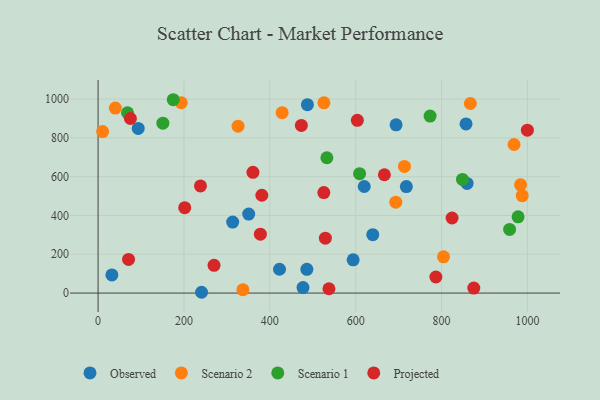
{"axis": {"x": "Speed", "y": "Sales"}, "legend": ["Observed", "Projected", "Scenario 1", "Scenario 2"], "data": [{"x": "857.0", "y": 871.8, "type": "Observed"}, {"x": "32.2", "y": 93.3, "type": "Observed"}, {"x": "718.0", "y": 548.9, "type": "Observed"}, {"x": "350.8", "y": 407.1, "type": "Observed"}, {"x": "639.8", "y": 301.2, "type": "Observed"}, {"x": "313.5", "y": 366.2, "type": "Observed"}, {"x": "241.0", "y": 4.1, "type": "Observed"}, {"x": "93.5", "y": 848.9, "type": "Observed"}, {"x": "694.1", "y": 867.4, "type": "Observed"}, {"x": "594.1", "y": 171.5, "type": "Observed"}, {"x": "619.9", "y": 549.3, "type": "Observed"}, {"x": "422.6", "y": 122.7, "type": "Observed"}, {"x": "486.3", "y": 122.5, "type": "Observed"}, {"x": "477.3", "y": 28.1, "type": "Observed"}, {"x": "487.6", "y": 971.2, "type": "Observed"}, {"x": "859.5", "y": 565.1, "type": "Observed"}, {"x": "526.1", "y": 981.0, "type": "Scenario 2"}, {"x": "713.6", "y": 652.8, "type": "Scenario 2"}, {"x": "326.0", "y": 860.5, "type": "Scenario 2"}, {"x": "693.4", "y": 468.6, "type": "Scenario 2"}, {"x": "984.0", "y": 558.1, "type": "Scenario 2"}, {"x": "968.8", "y": 765.9, "type": "Scenario 2"}, {"x": "428.7", "y": 929.9, "type": "Scenario 2"}, {"x": "337.3", "y": 17.6, "type": "Scenario 2"}, {"x": "40.2", "y": 954.0, "type": "Scenario 2"}, {"x": "10.6", "y": 832.5, "type": "Scenario 2"}, {"x": "987.9", "y": 502.2, "type": "Scenario 2"}, {"x": "804.6", "y": 187.0, "type": "Scenario 2"}, {"x": "193.8", "y": 981.1, "type": "Scenario 2"}, {"x": "867.0", "y": 977.4, "type": "Scenario 2"}, {"x": "175.1", "y": 996.8, "type": "Scenario 1"}, {"x": "848.7", "y": 585.7, "type": "Scenario 1"}, {"x": "609.1", "y": 615.3, "type": "Scenario 1"}, {"x": "150.9", "y": 876.1, "type": "Scenario 1"}, {"x": "68.6", "y": 929.7, "type": "Scenario 1"}, {"x": "532.9", "y": 697.6, "type": "Scenario 1"}, {"x": "958.5", "y": 328.0, "type": "Scenario 1"}, {"x": "773.3", "y": 912.7, "type": "Scenario 1"}, {"x": "978.3", "y": 393.3, "type": "Scenario 1"}, {"x": "537.7", "y": 22.4, "type": "Projected"}, {"x": "999.9", "y": 839.6, "type": "Projected"}, {"x": "360.7", "y": 622.3, "type": "Projected"}, {"x": "603.9", "y": 890.5, "type": "Projected"}, {"x": "71.0", "y": 173.4, "type": "Projected"}, {"x": "201.8", "y": 440.2, "type": "Projected"}, {"x": "378.0", "y": 303.5, "type": "Projected"}, {"x": "473.5", "y": 864.4, "type": "Projected"}, {"x": "875.1", "y": 25.5, "type": "Projected"}, {"x": "525.8", "y": 518.1, "type": "Projected"}, {"x": "529.4", "y": 282.8, "type": "Projected"}, {"x": "75.3", "y": 899.9, "type": "Projected"}, {"x": "381.4", "y": 504.2, "type": "Projected"}, {"x": "270.1", "y": 142.9, "type": "Projected"}, {"x": "824.5", "y": 386.9, "type": "Projected"}, {"x": "666.9", "y": 609.9, "type": "Projected"}, {"x": "786.8", "y": 82.8, "type": "Projected"}, {"x": "238.5", "y": 552.5, "type": "Projected"}]}